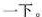
一下。